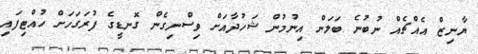
ޔާނިޒް އެއްޗެއް ނުބުނެ ބަލަން އިނުމުން ޝަހުދާއަށް ވިސްނިގެން ގޮނޑީގެ ފުރަގަހަށް ހުއްޓިފައި